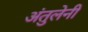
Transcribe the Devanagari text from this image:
अंतुलेनी